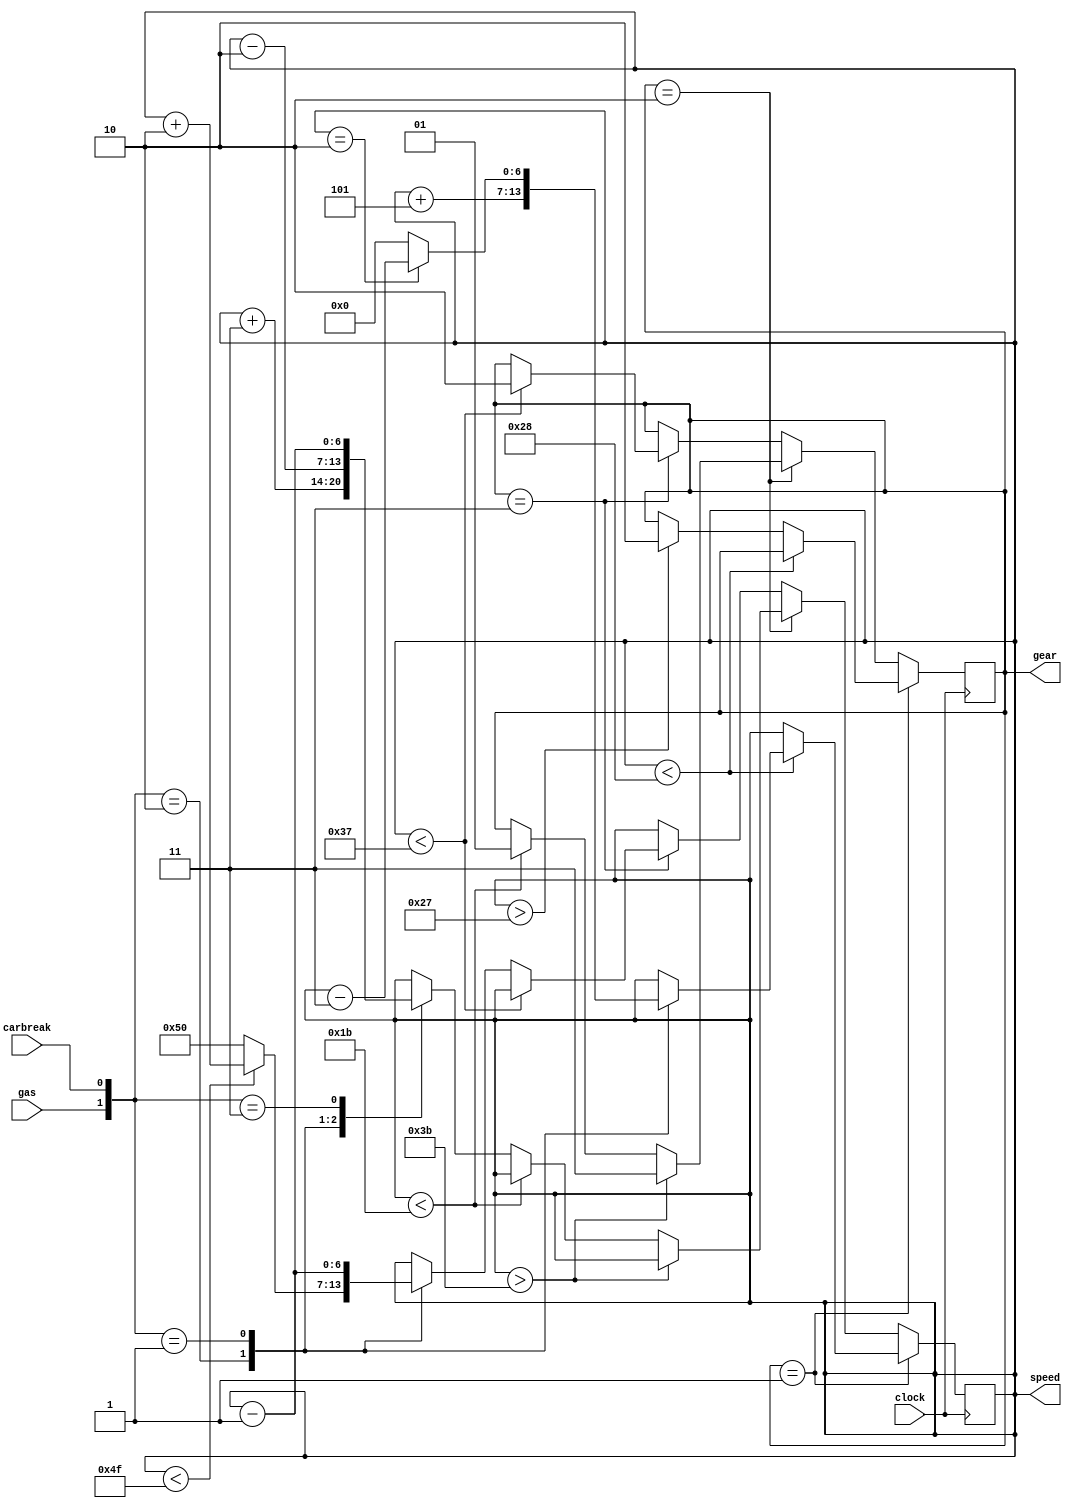
module car_gear_speed_control(clock, gas, carbreak, speed, gear);
	// define input and output parameters
	input clock, gas, carbreak;
	output reg [1:0] gear;
	output reg [6:0] speed;
	
	// initially set corresponding values --> speed as 0 and gear as 1
	initial begin
		speed <= 7'd0;
		gear <= 2'd1;
	end
	
	// every positive clock edge 
	always @(posedge clock) begin
	
		if (gear == 2'd1) begin
			if (speed < 7'd40) begin
				case ({gas,carbreak})
					2'b10: begin
						speed <= speed + 7'd5;
					end
					2'b01: begin
						if(speed == 7'd2) begin
							speed <= speed - 7'd3;
						end
						else begin
							speed <= 7'd0;
						end
					end
					default: speed <= speed;
				endcase
			end
			else if (speed > 7'd39) begin 
				gear <= 2'd2;
			end
			
		end
		else if (gear == 2'd2) begin
			if (speed > 7'd59) begin
				gear <= 2'd3;
			end
			else if (speed < 7'd27) begin 
				gear <= 2'd1;
			end 
			else begin 
				case({gas,carbreak})
					2'b10: begin
						speed <= speed + 7'd3;
					end
					2'b01: begin
						speed <= speed - 7'd2;
					end
					2'b11: begin
						speed <= speed - 7'd1;
					end
					default: speed <= speed;
				endcase
			end
		end
		else if (gear == 2'd3) begin
			if (speed < 7'd55) begin 
				gear <= 2'd2;
			end 
			else begin
				case({gas,carbreak}) 
					2'b10: begin
						if(speed < 7'd79) begin 
							speed <= speed + 7'd2;	
						end
						else begin 
							speed <= 7'd80;	
						end
					end
					2'b01: begin
						speed <= speed - 7'd1;
					end
					default:speed <= speed;
				endcase			
			end
		end
	end
endmodule